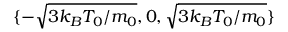
\{ - \sqrt { 3 k _ { B } T _ { 0 } / m _ { 0 } } , 0 , \sqrt { 3 k _ { B } T _ { 0 } / m _ { 0 } } \}